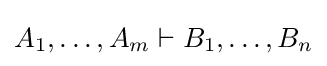
A_{1},\dots ,A_{m}\vdash B_{1},\dots ,B_{n}